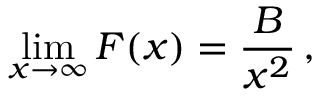
\operatorname * { l i m } _ { x \rightarrow \infty } F ( x ) = { \frac { B } { x ^ { 2 } } } \, ,